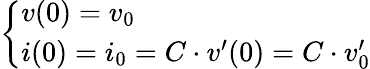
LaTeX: \left\{ \begin{array}{ll}{v(0)=v_{0}}\\ {i(0)=i_{0}=C\cdot v^{\prime}(0)=C\cdot v_{0}^{\prime}}\end{array}\right.